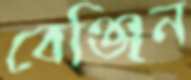
বেঞ্জিন